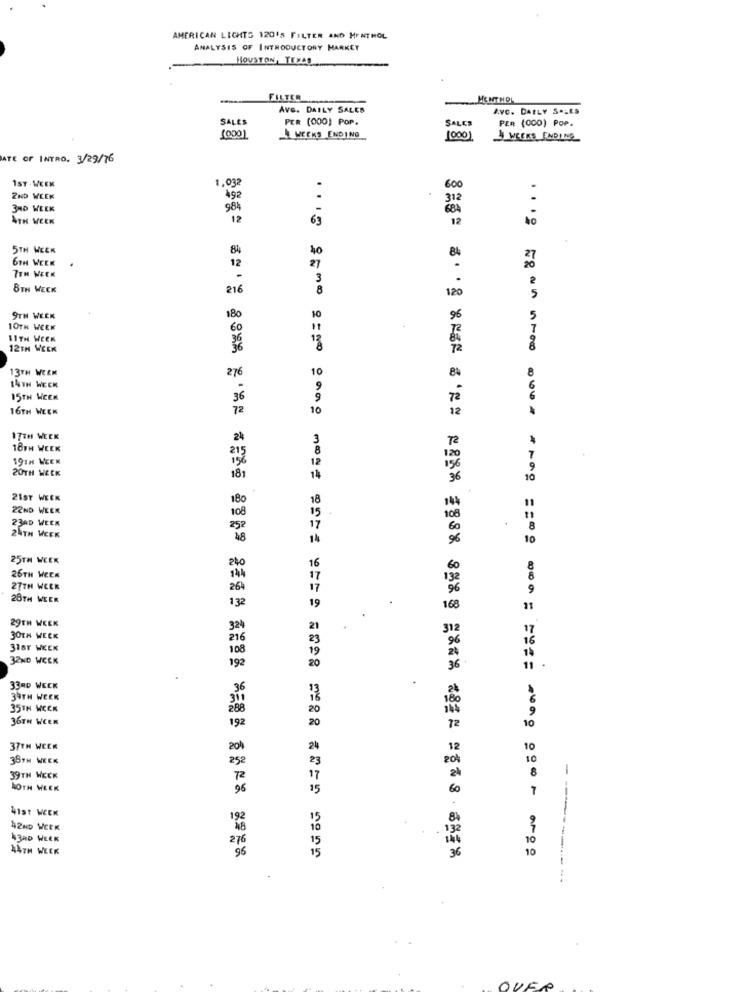
AMERICAN LIGHTS 120'S FILTER AND MENTHOL
ANALYSIS OF INTRODUCTORY HARKET
HOUSTON, TEXAS
FILTER
MENTHOL
AVG. DAILY SALES
Avc. DAILY SALES
SALES
PER (000] POP.
SALCS
PER (000) POP.
(000)
WEEKS ENDING
1000)
WEEKS FINDING
ATE OF INTRO. 3/29/76
1,032
1ST- WEEK
600
2ND WEEK
492
312
3RD WEEK
984
4TH WEEK
12
63
12
5TH WEEK
84
84
6TH WEEK
12
40
21
7TH WEEK
8TH WEEK
216
8
120
9TH WEEK
180
10
10TH WEEK
11TH WEEK
12TH WEEK
13TH WEEK
10
84
276
14TH WEEK
15TH WEEK
36
16TH WEEK
10
17TH WEEK
18TH WEEK
19TH WEEK
20TH WEEK
10
21ST WEEK
22ND WEEK
23AD WEEK
24TH WEEK
10
25TH WEEK
26TH WEEK
27TH WEEK
28TH WEEK
11
29TH WEEK
30TH WEEK
31ST WEEK
14
32ND WEEK
11
33RD WEEK
39TH WEEK
35TH WECK
36TH WEEK
10
37TH WEEK
38TH WEEK
39TH WEEK
-
BOTH WEEK
41ST WEEK
42ND WEEK
43RD WEEK
44TH WEEK
10
-------
-----
.
-----
.....
---
OVER